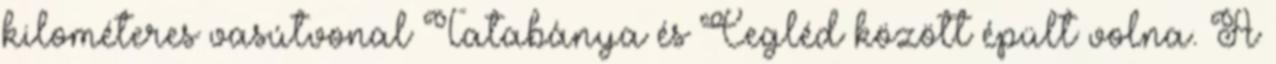
kilométeres vasútvonal Tatabánya és Cegléd között épült volna. A